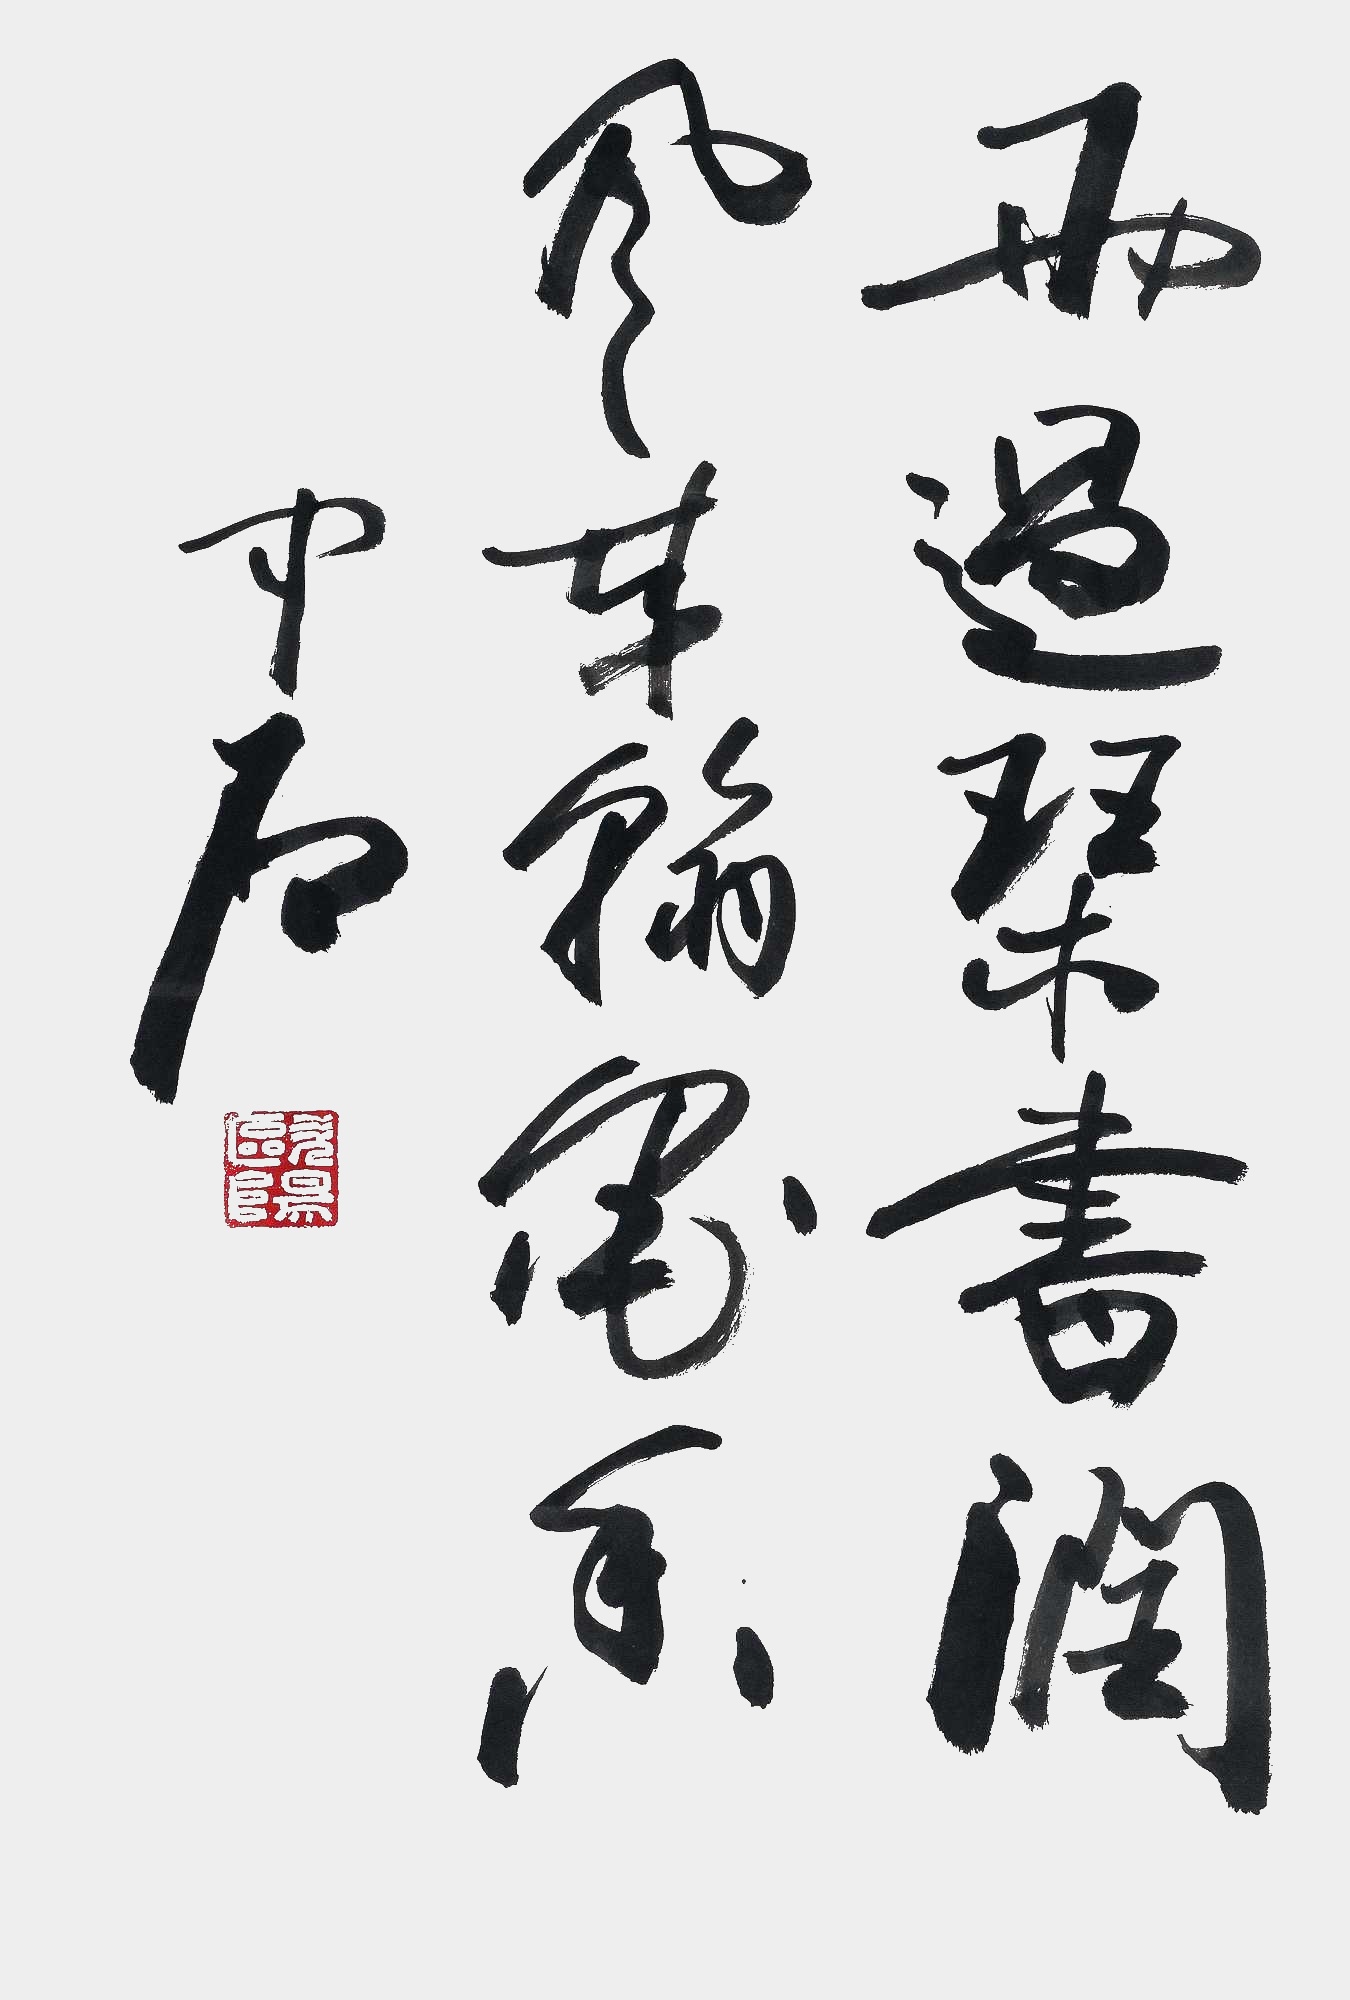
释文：雨过琴书润，风来翰墨香。中石。